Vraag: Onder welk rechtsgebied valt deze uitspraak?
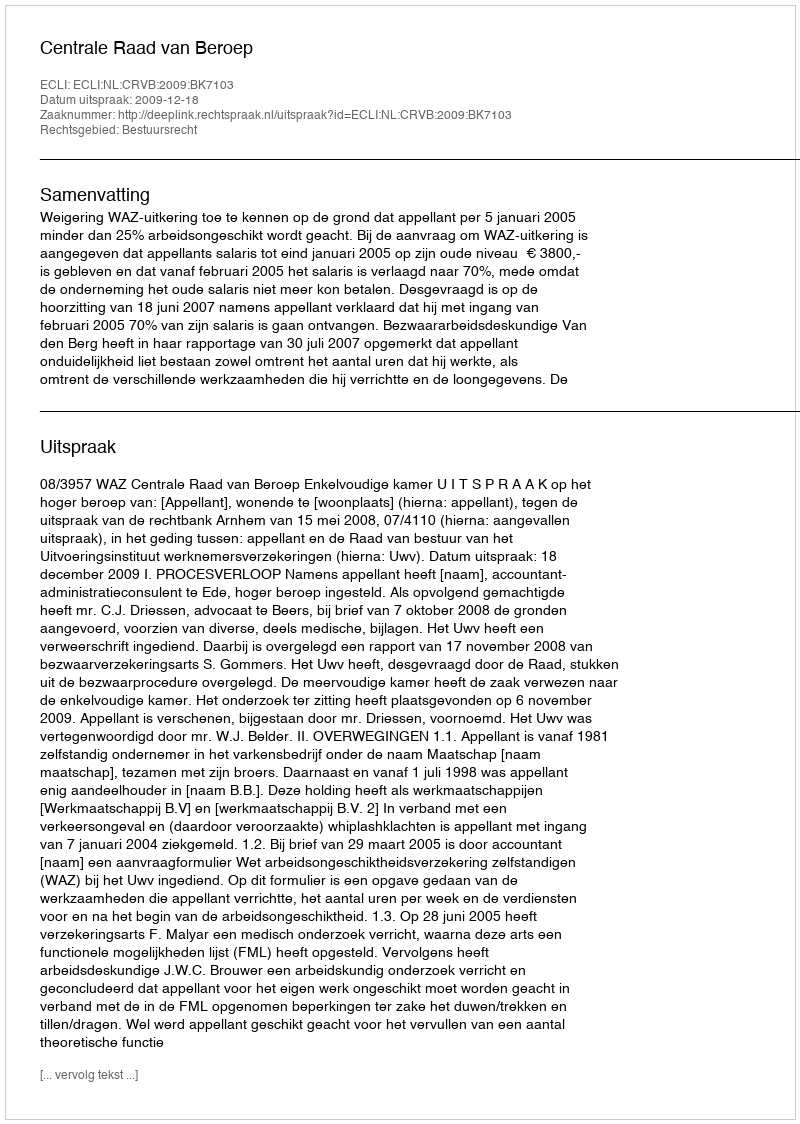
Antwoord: Bestuursrecht